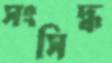
সংসিদ্ধ